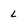
Character: L